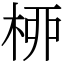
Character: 桺